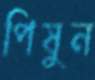
পিষুন